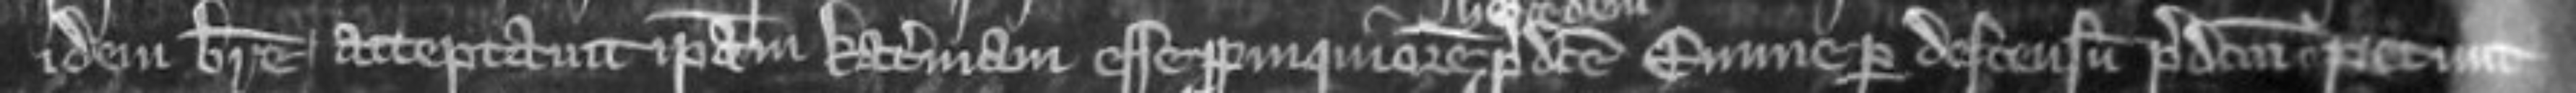
idem breve acceptavit ipsam Katerinam esse propinquiorem predicte Emme per descensum predictum petunt